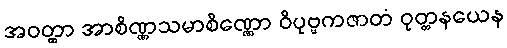
အဝတ္ထာ အာစိဏ္ဏသမာစိဏ္ဏော ဝိပုဗ္ဗကဇာတံ ဝုတ္တနယေန